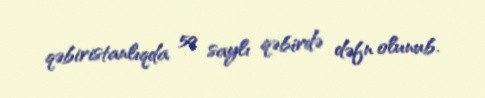
qəbiristanlıqda 59 saylı qəbirdə dəfn olunub.